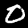
Label: 0